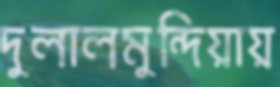
দুলালমুন্দিয়ায়